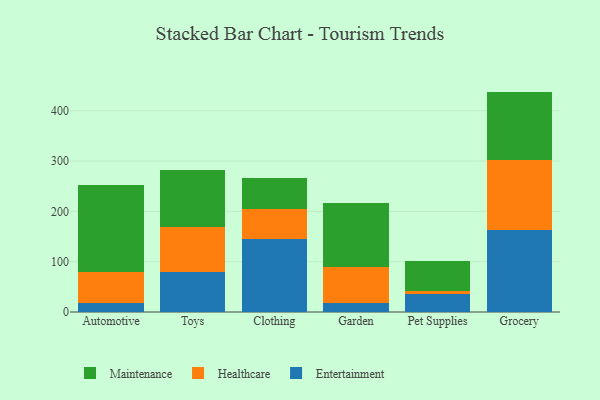
{"axis": {"x": "Category", "y": "Market Share (%)"}, "legend": ["Entertainment", "Healthcare", "Maintenance"], "data": [{"x": "Automotive", "y": 17.1, "type": "Entertainment"}, {"x": "Automotive", "y": 62.9, "type": "Healthcare"}, {"x": "Automotive", "y": 172.7, "type": "Maintenance"}, {"x": "Toys", "y": 79.7, "type": "Entertainment"}, {"x": "Toys", "y": 88.6, "type": "Healthcare"}, {"x": "Toys", "y": 114.0, "type": "Maintenance"}, {"x": "Clothing", "y": 144.3, "type": "Entertainment"}, {"x": "Clothing", "y": 59.9, "type": "Healthcare"}, {"x": "Clothing", "y": 61.5, "type": "Maintenance"}, {"x": "Garden", "y": 17.5, "type": "Entertainment"}, {"x": "Garden", "y": 71.5, "type": "Healthcare"}, {"x": "Garden", "y": 128.0, "type": "Maintenance"}, {"x": "Pet Supplies", "y": 35.9, "type": "Entertainment"}, {"x": "Pet Supplies", "y": 6.0, "type": "Healthcare"}, {"x": "Pet Supplies", "y": 59.9, "type": "Maintenance"}, {"x": "Grocery", "y": 163.0, "type": "Entertainment"}, {"x": "Grocery", "y": 138.5, "type": "Healthcare"}, {"x": "Grocery", "y": 136.6, "type": "Maintenance"}]}